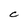
Character: C